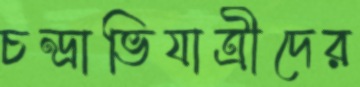
চন্দ্রাভিযাত্রীদের